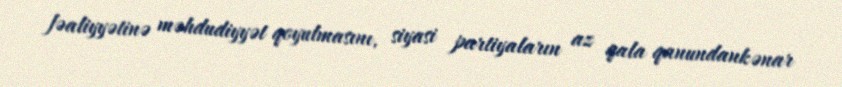
fəaliyyətinə məhdudiyyət qoyulmasını, siyasi partiyaların az qala qanundankənar